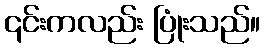
၎င်းကလည်း ပြုံးသည်။